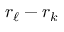
r _ { \ell } - r _ { k }